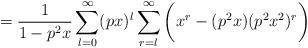
LaTeX: \begin{align*}=\frac{1}{1-p^2x}\sum_{l=0}^{\infty} (px)^l \sum_{r=l}^{\infty}\bigg(x^r - (p^2x)(p^2x^2)^r\bigg)\end{align*}